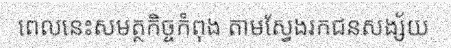
ពេលនេះសមត្ថកិច្ចកំពុង តាមស្វែងរកជនសង្ស័យ